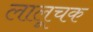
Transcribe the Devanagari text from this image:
लालूचक